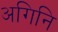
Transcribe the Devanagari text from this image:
अगिनि